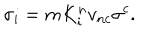
\sigma _ { i } = m K _ { i } ^ { n } v _ { n c } \sigma ^ { c } .